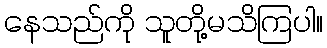
နေသည်ကို သူတို့မသိကြပါ။